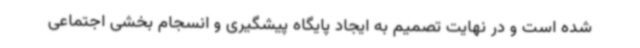
شده است و در نهایت تصمیم به ایجاد پایگاه پیشگیری و انسجام بخشی اجتماعی